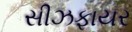
સીઝફાયર